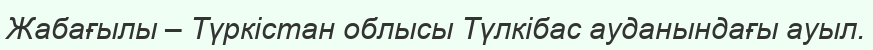
Жабағылы – Түркістан облысы Түлкібас ауданындағы ауыл.